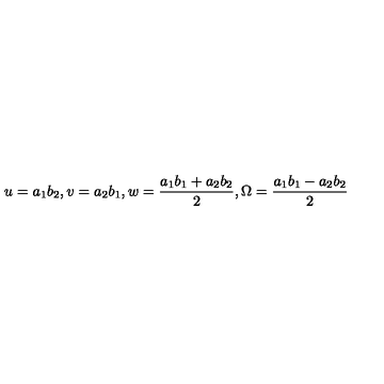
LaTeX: u = a _ { 1 } b _ { 2 } , v = a _ { 2 } b _ { 1 } , w = \frac { a _ { 1 } b _ { 1 } + a _ { 2 } b _ { 2 } } { 2 } , \Omega = \frac { a _ { 1 } b _ { 1 } - a _ { 2 } b _ { 2 } } { 2 }